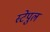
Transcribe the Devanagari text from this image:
स्टेपुल